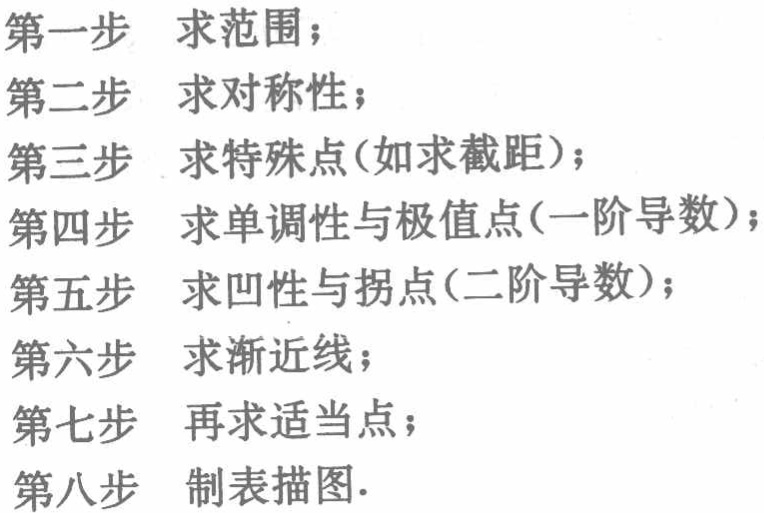
第一步 求范围；
第二步 求对称性；
第三步 求特殊点(如求截距)；
第四步 求单调性与极值点(一阶导数)；
第五步 求凹性与拐点(二阶导数)；
第六步 求渐近线；
第七步 再求适当点；
第八步 制表描图.